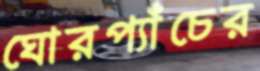
ঘোরপ্যাঁচের